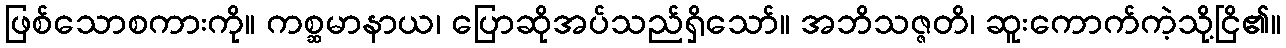
ဖြစ်သောစကားကို။ ကစ္ဆမာနာယ၊ ပြောဆိုအပ်သည်ရှိသော်။ အဘိသဇ္ဇတိ၊ ဆူးကောက်ကဲ့သို့ငြိ၏။